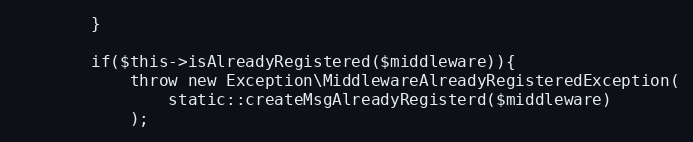
Language: PHP
        }

        if($this->isAlreadyRegistered($middleware)){
            throw new Exception\MiddlewareAlreadyRegisteredException(
                static::createMsgAlreadyRegisterd($middleware)
            );